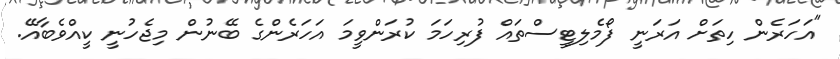
"އަހަރެން ހިތަށް އަރަނީ ފޯމެލިޓީސްތައް ފުރިހަމަ ކުރަންވީމަ އަހަރެންގެ ބޭނުން މިޖެހުނީ ކީއްވެބާއޭ.